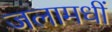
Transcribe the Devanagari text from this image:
जलामधीं